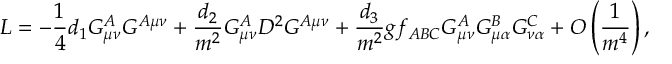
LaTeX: { \cal L } = - { \frac { 1 } { 4 } } d _ { 1 } G _ { \mu \nu } ^ { A } G ^ { A \mu \nu } + { \frac { d _ { 2 } } { m ^ { 2 } } } G _ { \mu \nu } ^ { A } D ^ { 2 } G ^ { A \mu \nu } + { \frac { d _ { 3 } } { m ^ { 2 } } } g f _ { A B C } G _ { \mu \nu } ^ { A } G _ { \mu \alpha } ^ { B } G _ { \nu \alpha } ^ { C } + { \cal O } \left( { \frac { 1 } { m ^ { 4 } } } \right) ,